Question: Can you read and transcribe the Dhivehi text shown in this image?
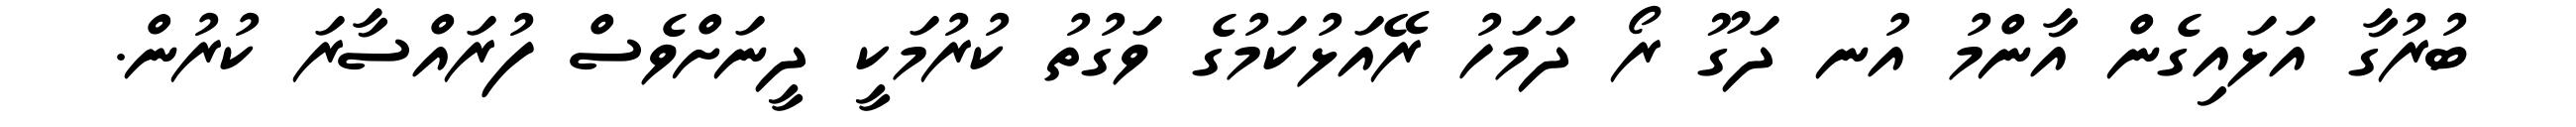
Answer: ބުރުގާ އަޅައިގެން އާންމު އުނ ދަގޫ ރޯ ދަމަހު ރޭއަޅުކަމުގެ ވަގުތު ކުރުމަކީ ދީނަށްވެސް ފުރައްސާރަ ކުރުން.